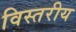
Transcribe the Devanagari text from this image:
विस्तरीय